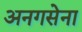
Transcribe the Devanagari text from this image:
अनगसेना